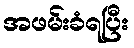
အဖမ်းခံရပြီး